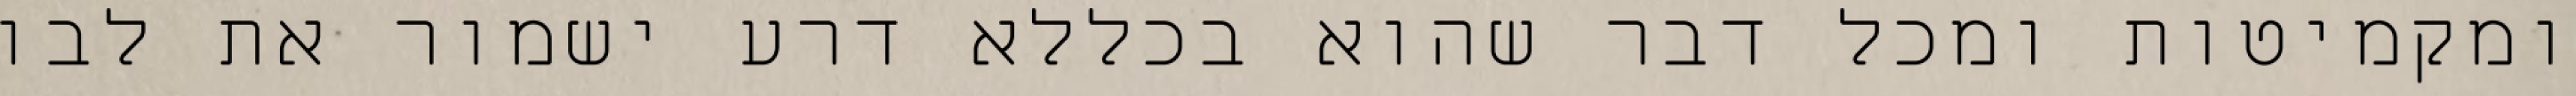
ומקמיטות ומכל דבר שהוא בכללא דרע ישמור את לבו